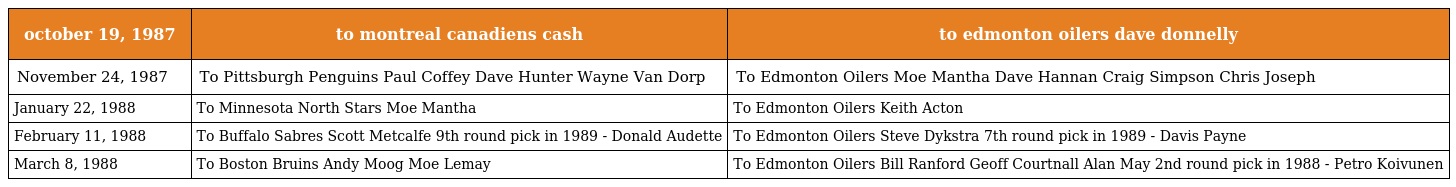
| october 19, 1987 | to montreal canadiens cash | to edmonton oilers dave donnelly |
 | --- | --- | --- |
 | November 24, 1987 | To Pittsburgh Penguins Paul Coffey Dave Hunter Wayne Van Dorp | To Edmonton Oilers Moe Mantha Dave Hannan Craig Simpson Chris Joseph |
 | January 22, 1988 | To Minnesota North Stars Moe Mantha | To Edmonton Oilers Keith Acton |
 | February 11, 1988 | To Buffalo Sabres Scott Metcalfe 9th round pick in 1989 - Donald Audette | To Edmonton Oilers Steve Dykstra 7th round pick in 1989 - Davis Payne |
 | March 8, 1988 | To Boston Bruins Andy Moog Moe Lemay | To Edmonton Oilers Bill Ranford Geoff Courtnall Alan May 2nd round pick in 1988 - Petro Koivunen |